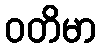
ဝတိမာ